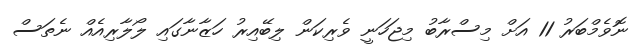
ނޮވެމްބަރު 11 އަށް މިސްރާބު މިޖަހަނީ ވެރިކަން ލިބޭއިރު ހަޒާނާގައި ލޯލާރިއެއް ނެތަސް